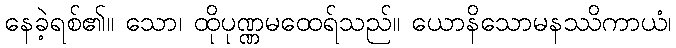
နေခဲ့ရစ်၏။ သော၊ ထိုပုဏ္ဏမထေရ်သည်။ ယောနိသောမနဿိကာယံ၊